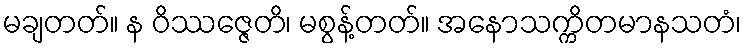
မချတတ်။ န ဝိဿဇ္ဇေတိ၊ မစွန့်တတ်။ အနောသက္ကိတမာနသတံ၊